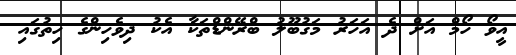
އީވޯ ހޯމް އަށް ދެ އަހަރު މަގުބޫލު ބްރޭންޑްތަކާ އެކު ދިވެހިންގެ ހިތުގައި